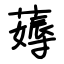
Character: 薅